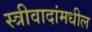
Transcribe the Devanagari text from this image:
स्त्रीवादांमधील